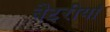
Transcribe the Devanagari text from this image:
बैटरीयां